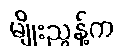
မျိုးညွန့်က